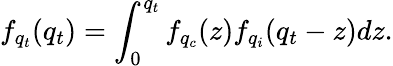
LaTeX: f_{q_{t}}(q_{t})=\int_{0}^{q_{t}}f_{q_{c}}(z)f_{q_{i}}(q_{t}-z)dz.